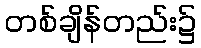
တစ်ချိန်တည်း၌